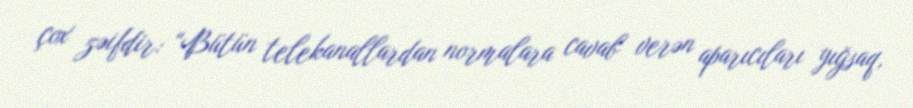
çox zəifdir: “Bütün telekanallardan normalara cavab verən aparıcıları yığsaq,